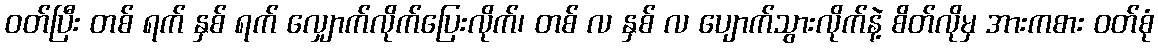
ဝတ်ပြီး တစ် ရက် နှစ် ရက် လျှောက်လိုက်ပြေးလိုက်၊ တစ် လ နှစ် လ ပျောက်သွားလိုက်နဲ့ စိတ်လိုမှ အားကစား ဝတ်စုံ